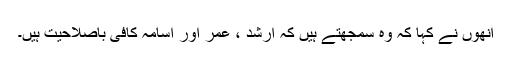
انھوں نے کہا کہ وہ سمجھتے ہیں کہ ارشد ، عمر اور اسامہ کافی باصلاحیت ہیں۔